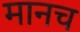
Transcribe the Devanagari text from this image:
मानच